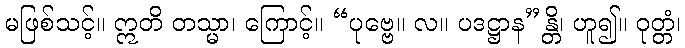
မဖြစ်သင့်။ ဣတိ တသ္မာ၊ ကြောင့်။ “ပုဗ္ဗေ။ လ။ ပဒဋ္ဌာန”န္တိ၊ ဟူ၍။ ဝုတ္တံ၊